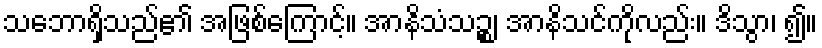
သဘောရှိသည်၏ အဖြစ်ကြောင့်။ အာနိသံသဉ္စ၊ အာနိသင်ကိုလည်း။ ဒိသွာ၊ ၍။